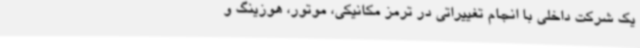
یک شرکت داخلی با انجام تغییراتی در ترمز مکانیکی، موتور، هوزینگ و